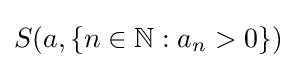
S(a,\{n\in \mathbb {N} :a_{n}>0\})